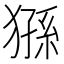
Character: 猻